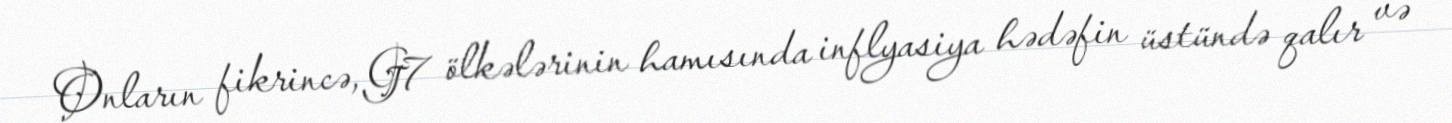
Onların fikrincə, G7 ölkələrinin hamısında inflyasiya hədəfin üstündə qalır və